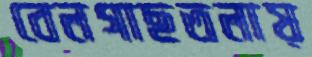
বেলগাছতলায়